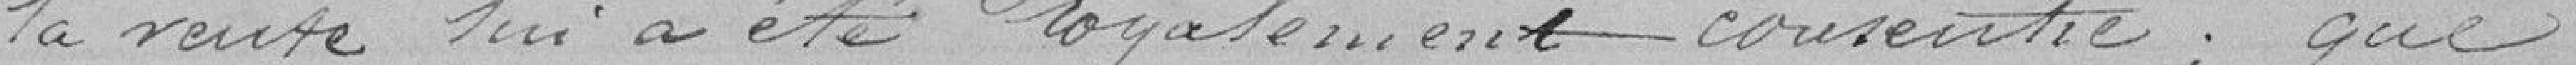
la vente lui a été loyalement consentie; que